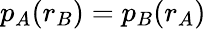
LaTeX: p_{A}(r_{B})=p_{B}(r_{A})